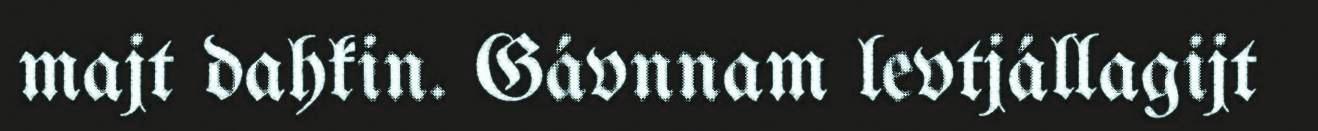
majt dahkin. Gávnnam levtjállagijt